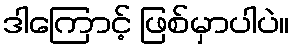
ဒါကြောင့် ဖြစ်မှာပါပဲ။